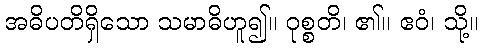
အဓိပတိရှိသော သမာဓိဟူ၍။ ဝုစ္စတိ၊ ၏။ ဧဝံ၊ သို့။